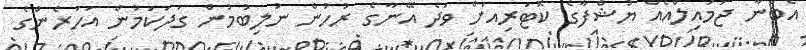
އެބުނާ ޖުމައިލްއެއް ޔުޝްފާގެ ކޮޓަރިއަށް ވަދެ އޭނާގެ ރުހުން ނުލިބުމުން ގަދަކަމުން އަހަރެންގެ